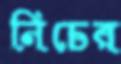
নিচের